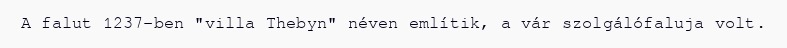
A falut 1237-ben "villa Thebyn" néven említik, a vár szolgálófaluja volt.